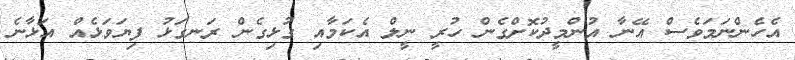
އެހެންނަމަވެސް އޭނާ އުންމީދުކޮށްގެން ހުރީ ނީލް އެކަމާއި ގުޅިގެން ރަނގަޅު ފިޔަވަޅެއް އަޅާނެ